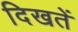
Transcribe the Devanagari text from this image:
दिखतें